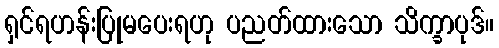
ရှင်ရဟန်းပြုမပေးရဟု ပညတ်ထားသော သိက္ခာပုဒ်။